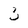
Character: 3